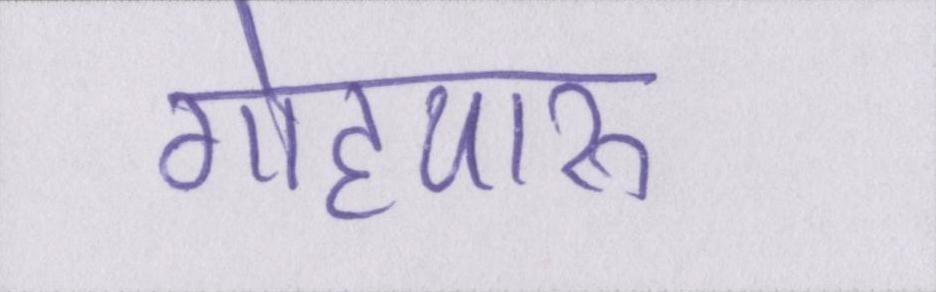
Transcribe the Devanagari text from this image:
गोहपारू